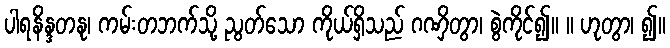
ပါရနိန္ဒတနု၊ ကမ်းတဘက်သို့ ညွတ်သော ကိုယ်ရှိသည် ဂဏှိတွာ၊ စွဲကိုင်၍။ ။ ဟုတွာ၊ ၍။